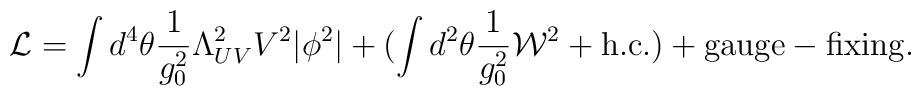
{\cal L} = \int d^4 \theta \frac{1}{g_0^2} \Lambda_{UV}^2V^2 |\phi^2| + (\int d^2 \theta \frac{1}{g_0^2} {\cal  W}^2 + {\rm h.c.}) + {\rm gauge-fixing}.